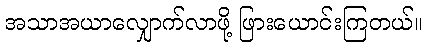
အသာအယာလျှောက်လာဖို့ ဖြားယောင်းကြတယ်။